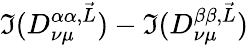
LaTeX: \Im(D_{\nu\mu}^{\alpha\alpha,\vec{L}})-\Im(D_{\nu\mu}^{\beta\beta,\vec{L}})